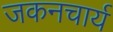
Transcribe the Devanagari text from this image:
जकनचार्य